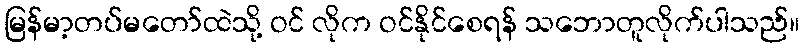
မြန်မာ့တပ်မတော်ထဲသို့ ဝင် လိုက ဝင်နိုင်စေရန် သဘောတူလိုက်ပါသည်။